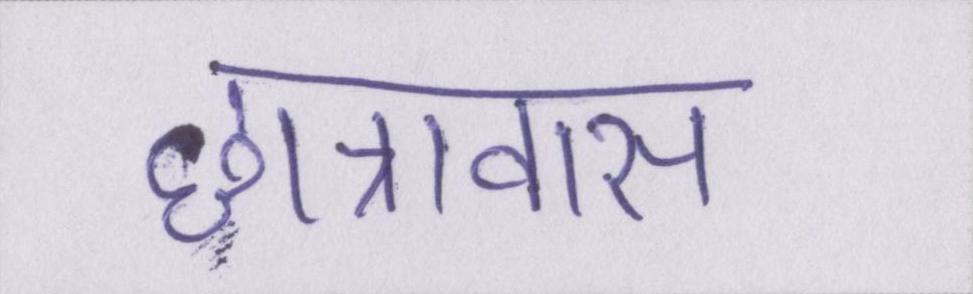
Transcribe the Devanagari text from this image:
छात्रावास